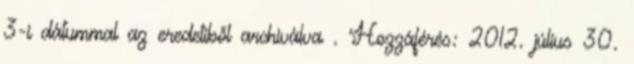
3-i dátummal az eredetiből archiválva . Hozzáférés: 2012. július 30.